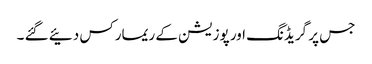
جس پر گریڈنگ اور پوزیشن کے ریمارکس دئیے گئے ۔